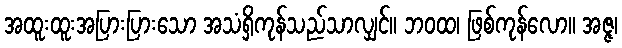
အထူးထူးအပြားပြားသော အသံရှိကုန်သည်သာလျှင်။ ဘဝထ၊ ဖြစ်ကုန်လော။ အဇ္ဇ၊